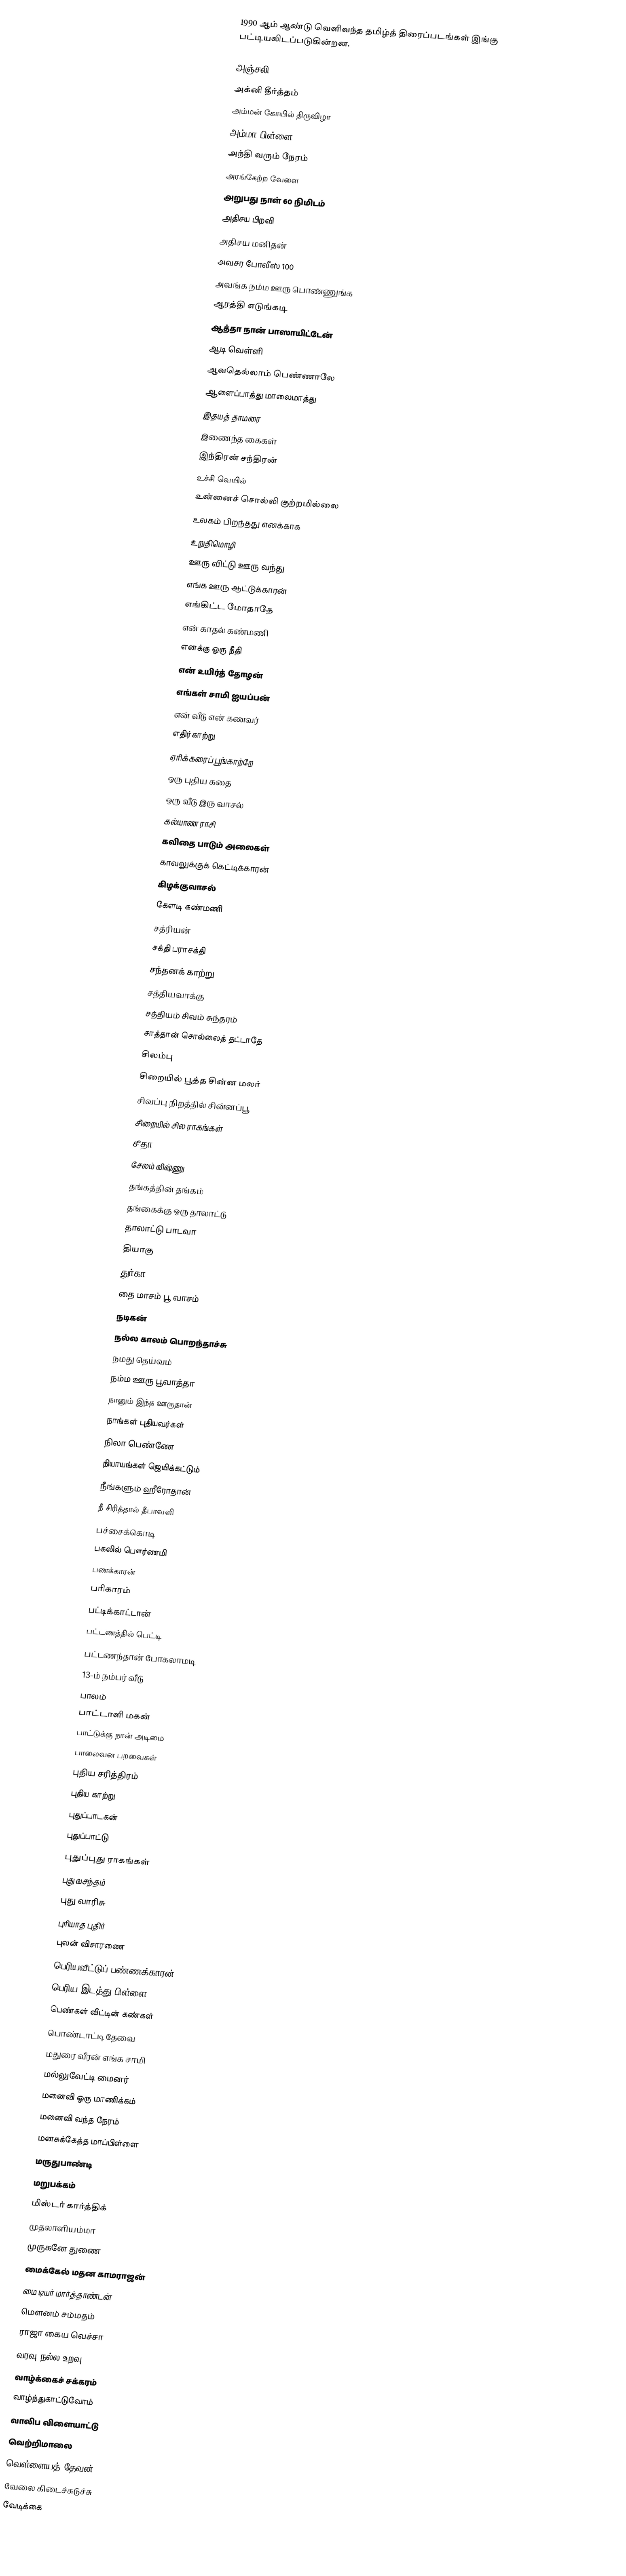
1990 ஆம் ஆண்டு வெளிவந்த தமிழ்த் திரைப்படங்கள் இங்கு பட்டியலிடப்படுகின்றன.

அஞ்சலி
அக்னி தீர்த்தம்
அம்மன் கோயில் திருவிழா
அம்மா பிள்ளை
அந்தி வரும் நேரம்
அரங்கேற்ற வேளை
அறுபது நாள் 60 நிமிடம்
அதிசய பிறவி
அதிசய மனிதன்
அவசர போலீஸ் 100
அவங்க நம்ம ஊரு பொண்ணுங்க
ஆரத்தி எடுங்கடி
ஆத்தா நான் பாஸாயிட்டேன்
ஆடி வெள்ளி
ஆவதெல்லாம் பெண்ணாலே
ஆளைப்பாத்து மாலைமாத்து
இதயத் தாமரை
இணைந்த கைகள்
இந்திரன் சந்திரன்
உச்சி வெயில்
உன்னைச் சொல்லி குற்றமில்லை
உலகம் பிறந்தது எனக்காக
உறுதிமொழி
ஊரு விட்டு ஊரு வந்து
எங்க ஊரு ஆட்டுக்காரன்
எங்கிட்ட மோதாதே
என் காதல் கண்மணி
எனக்கு ஒரு நீதி
என் உயிர்த் தோழன்
எங்கள் சாமி ஐயப்பன்
என் வீடு என் கணவர்
எதிர்காற்று
ஏரிக்கரைப் பூங்காற்றே
ஒரு புதிய கதை
ஒரு வீடு இரு வாசல்
கல்யாண ராசி
கவிதை பாடும் அலைகள்
காவலுக்குக் கெட்டிக்காரன்
கிழக்குவாசல்
கேளடி கண்மணி
சத்ரியன்
சக்தி பராசக்தி
சந்தனக் காற்று
சத்தியவாக்கு
சத்தியம் சிவம் சுந்தரம்
சாத்தான் சொல்லைத் தட்டாதே
சிலம்பு
சிறையில் பூத்த சின்ன மலர்
சிவப்பு நிறத்தில் சின்னப்பூ
சிறையில் சில ராகங்கள்
சீதா
சேலம் விஷ்ணு
தங்கத்தின் தங்கம்
தங்கைக்கு ஒரு தாலாட்டு
தாலாட்டு பாடவா
தியாகு
துர்கா
தை மாசம் பூ வாசம்
நடிகன்
நல்ல காலம் பொறந்தாச்சு
நமது தெய்வம்
நம்ம ஊரு பூவாத்தா
நானும் இந்த ஊருதான்
நாங்கள் புதியவர்கள்
நிலா பெண்ணே
நியாயங்கள் ஜெயிக்கட்டும்
நீங்களும் ஹீரோதான்
நீ சிரித்தால் தீபாவளி
பச்சைக்கொடி
பகலில் பௌர்ணமி
பணக்காரன்
பரிகாரம்
பட்டிக்காட்டான்
பட்டணத்தில் பெட்டி
பட்டணந்தான் போகலாமடி
13-ம் நம்பர் வீடு
பாலம்
பாட்டாளி மகன்
பாட்டுக்கு நான் அடிமை
பாலைவன பறவைகள்
புதிய சரித்திரம்
புதிய காற்று
புதுப்பாடகன்
புதுப்பாட்டு
புதுப்புது ராகங்கள்
புது வசந்தம்
புது வாரிசு
புரியாத புதிர்
புலன் விசாரணை
பெரியவீட்டுப் பண்ணக்காரன்
பெரிய இடத்து பிள்ளை
பெண்கள் வீட்டின் கண்கள்
பொண்டாட்டி தேவை
மதுரை வீரன் எங்க சாமி
மல்லுவேட்டி மைனர்
மனைவி ஒரு மாணிக்கம்
மனைவி வந்த நேரம்
மனசுக்கேத்த மாப்பிள்ளை
மருதுபாண்டி
மறுபக்கம்
மிஸ்டர் கார்த்திக்
முதலாளியம்மா
முருகனே துணை
மைக்கேல் மதன காமராஜன்
மை டியர் மார்த்தாண்டன்
மௌனம் சம்மதம்
ராஜா கைய வெச்சா
வரவு நல்ல உறவு
வாழ்க்கைச் சக்கரம்
வாழ்ந்துகாட்டுவோம்
வாலிப விளையாட்டு
வெற்றிமாலை
வெள்ளையத் தேவன்
வேலை கிடைச்சுடுச்சு
வேடிக்கை